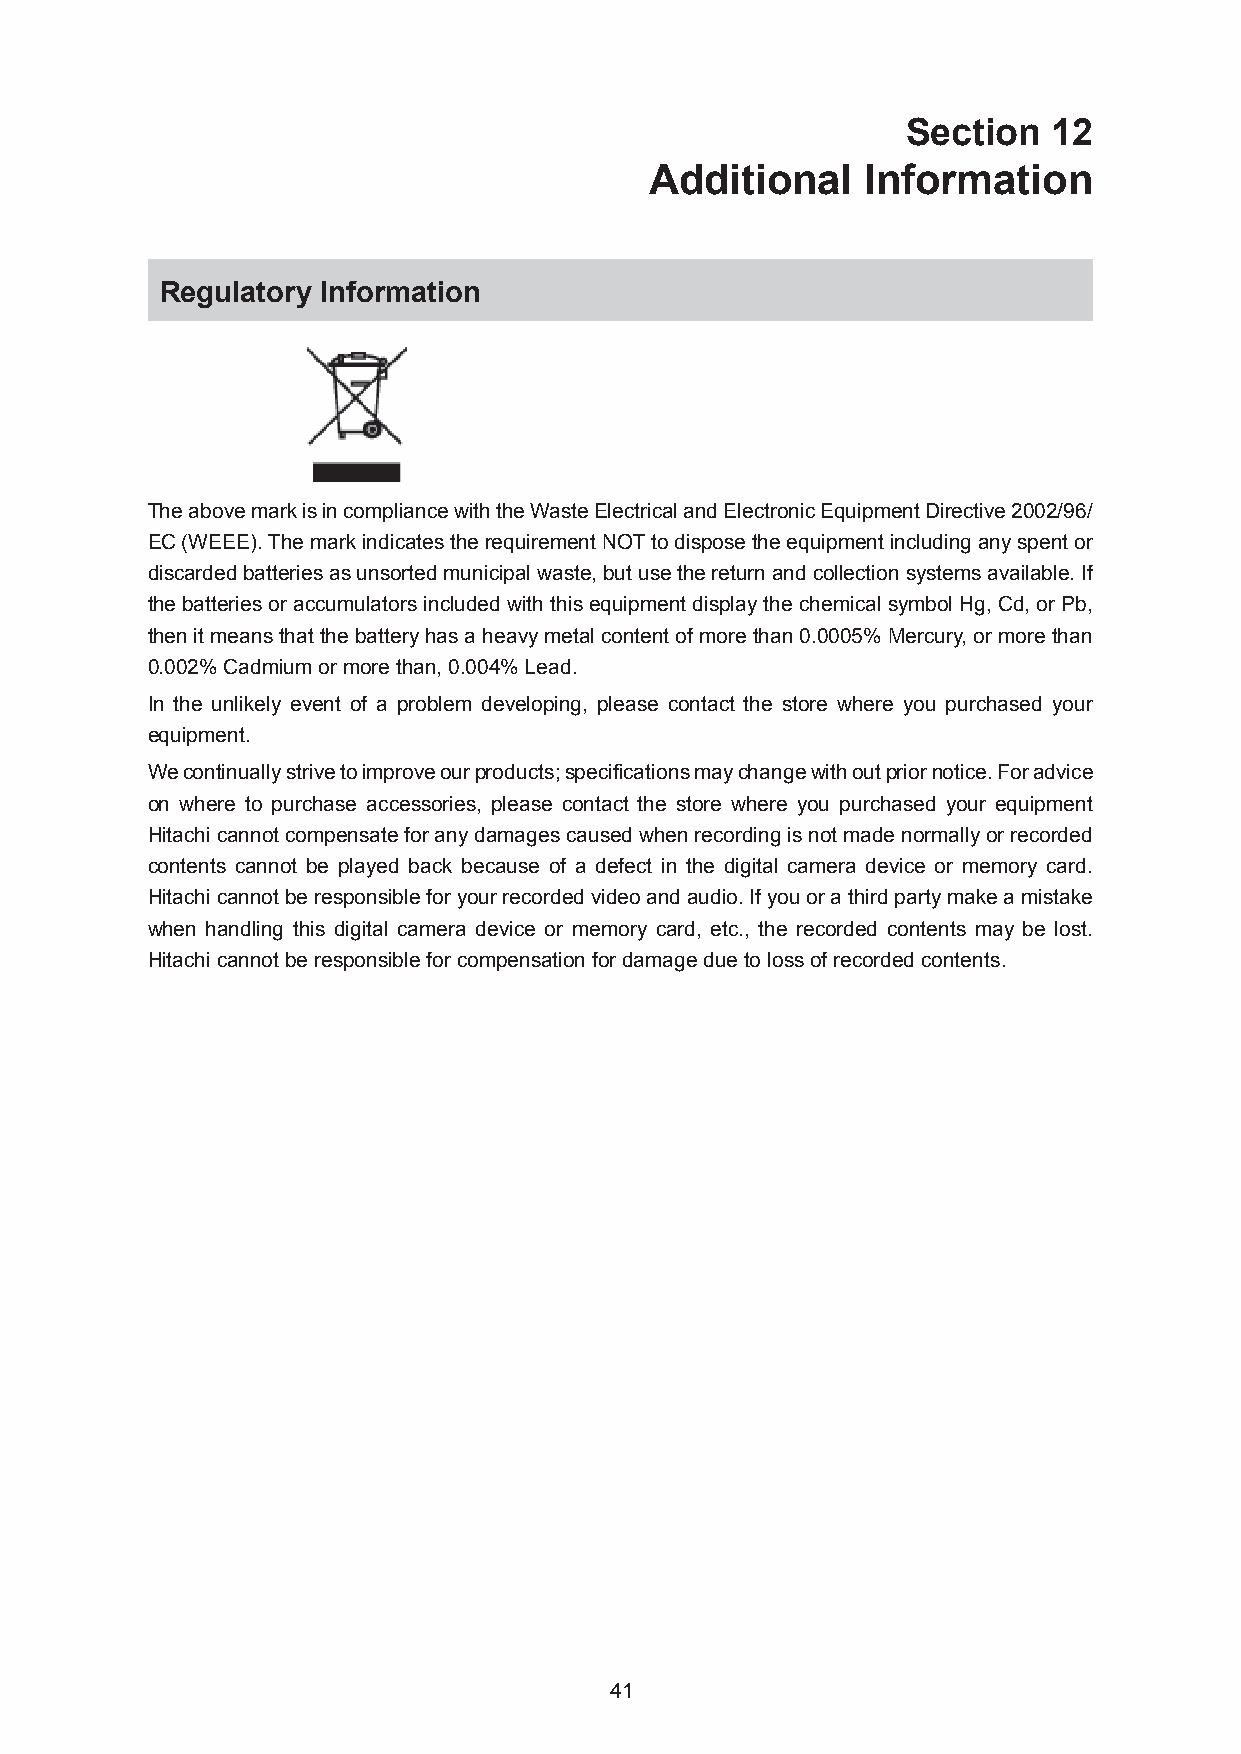
Section   12
 Additional    Information
 Regulatory Information
 The above mark is in compliance with the Waste Electrical and Electronic Equipment Directive 2002/96/
 EC (WEEE). The mark indicates the requirement NOT to dispose the equipment including any spent or
 discarded batteries as unsorted municipal waste, but use the return and collection systems available. If
 the batteries or accumulators included with this equipment display the chemical symbol Hg, Cd, or Pb,
 then it means that the battery has a heavy metal content of more than 0.0005% Mercury, or more than
 0.002% Cadmium or more than, 0.004% Lead.
 In the unlikely event of a problem developing, please contact the store where you purchased your
 equipment.
 We continually strive to improve our products; specifications may change with out prior notice. For advice
 on where to purchase accessories, please contact the store where you purchased your equipment
 Hitachi cannot compensate for any damages caused when recording is not made normally or recorded
 contents cannot be played back because of a defect in the digital camera device or memory card.
 Hitachi cannot be responsible for your recorded video and audio. If you or a third party make a mistake
 when handling this digital camera device or memory card, etc., the recorded contents may be lost.
 Hitachi cannot be responsible for compensation for damage due to loss of recorded contents.
 41